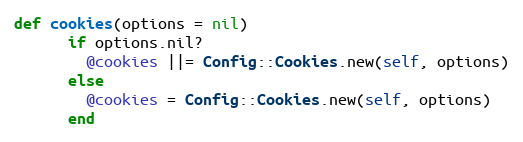
Language: Ruby
def cookies(options = nil)
      if options.nil?
        @cookies ||= Config::Cookies.new(self, options)
      else
        @cookies = Config::Cookies.new(self, options)
      end